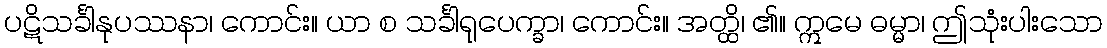
ပဋိသင်္ခါနုပဿနာ၊ ကောင်း။ ယာ စ သင်္ခါရုပေက္ခာ၊ ကောင်း။ အတ္ထိ၊ ၏။ ဣမေ ဓမ္မာ၊ ဤသုံးပါးသော